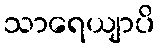
သာရေယျာပိ